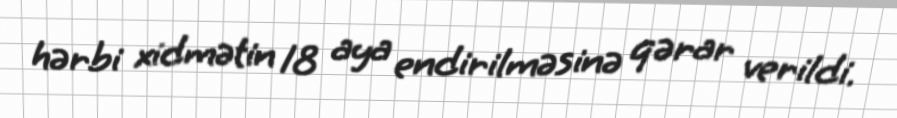
hərbi xidmətin 18 aya endirilməsinə qərar verildi.